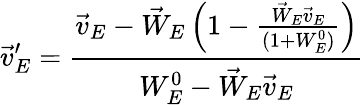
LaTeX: \vec{v}_{E}^{\prime}=\frac{\vec{v}_{E}-\vec{W}_{E}\left(1-\frac{\vec{W}_{E}\vec{v}_{E}}{(1+W_{E}^{0})}\right)}{W_{E}^{0}-\vec{W}_{E}\vec{v}_{E}}